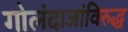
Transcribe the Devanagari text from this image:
गोलंदाजांविरुद्ध